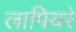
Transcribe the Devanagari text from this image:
लापियरे